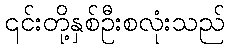
၎င်းတို့နှစ်ဦးစလုံးသည်